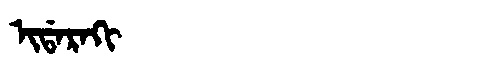
Manchu: ᡳᡩᠠᡵᠠᡴᡳ
Romanization: IDARAKI